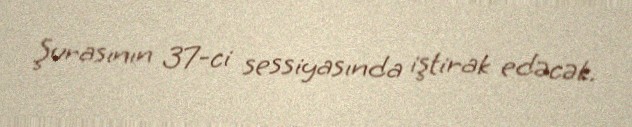
Şurasının 37-ci sessiyasında iştirak edəcək.